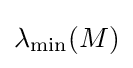
\lambda _{\mathrm {min} }(M)